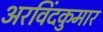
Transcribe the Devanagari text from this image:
अरविंदकुमार